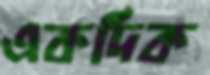
একদিক